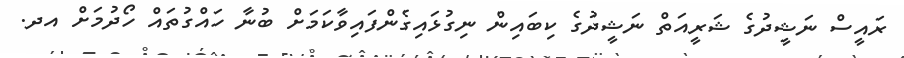
ރައީސް ނަޝީދުގެ ޝަރީއަތް ނަޝީދުގެ ކިބައިން ނިގުޅައިގެންފައިވާކަމަށް ބުނާ ހައްގުތައް ހޯދުމަށް އދ.